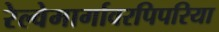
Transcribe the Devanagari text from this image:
रेल्वेमार्गावरपिपरिया